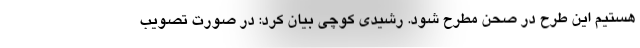
هستیم این طرح در صحن مطرح شود. رشیدی کوچی بیان کرد: در صورت تصویب